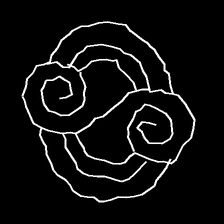
Glyph: wind-underfoot